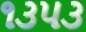
૧૩૫૩